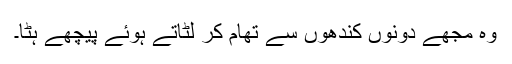
وہ مجھے دونوں کندھوں سے تھام کر لٹاتے ہوئے پیچھے ہٹا۔